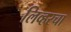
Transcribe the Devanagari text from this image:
लिव्हरचा